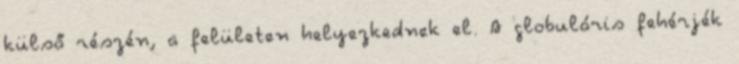
külső részén, a felületen helyezkednek el. A globuláris fehérjék